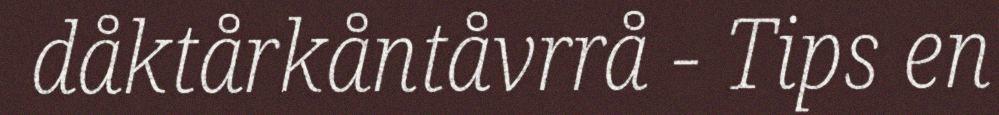
dåktårkåntåvrrå - Tips en